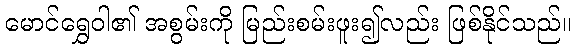
မောင်ရွှေဝါ၏ အစွမ်းကို မြည်းစမ်းဖူး၍လည်း ဖြစ်နိုင်သည်။